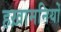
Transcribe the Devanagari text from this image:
हख़ामनियों